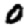
Digit: 0